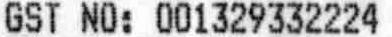
GST NO: 001329332224